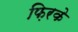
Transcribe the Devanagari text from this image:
फ़िरके